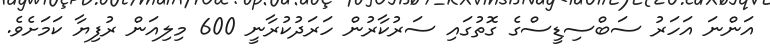
އަންނަ އަހަރު ސަބްސިޑީސްގެ ގޮތުގައި ސަރުކާރުން ހަރަދުކުރާނީ 600 މިލިއަން ރުފިޔާ ކަމަށެވެ.